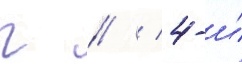
г // / 4-и́